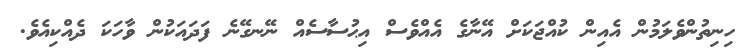
ހިނިތުންވެލަމުން އެއިން ކުއްޖަކަށް އޭނާގެ އެއްވެސް އިޙުސާސެއް ނޭނގޭނެ ފަދައަކުން ވާހަކަ ދެއްކިއެވެ.